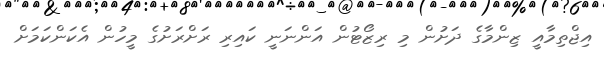
އިޖްތިމާއީ ޒިންމާގެ ދަށުން މި ރިޒޯޓުން އަންނަނީ ކައިރި ރަށްރަށުގެ މީހުން އެކަންކަމަށް